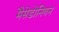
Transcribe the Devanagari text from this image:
मैसेडोनियन